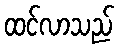
ထင်လာသည်